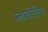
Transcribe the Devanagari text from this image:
स्लावोनिया